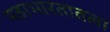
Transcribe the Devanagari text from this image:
महाभारतातला